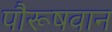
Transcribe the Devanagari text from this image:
पौरूषवान